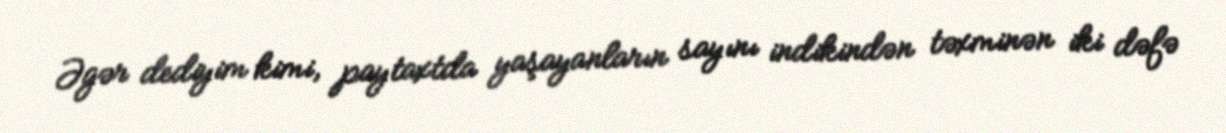
Əgər dediyim kimi, paytaxtda yaşayanların sayını indikindən təxminən iki dəfə